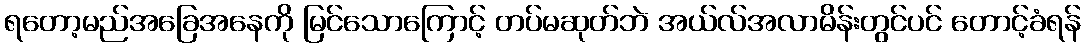
ရတော့မည်အခြေအနေကို မြင်သောကြောင့် တပ်မဆုတ်ဘဲ အယ်လ်အလာမိန်းတွင်ပင် တောင့်ခံရန်